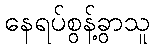
နေရပ်စွန့်ခွာသူ